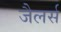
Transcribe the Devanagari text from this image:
जैलर्स